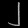
Digit: ၂